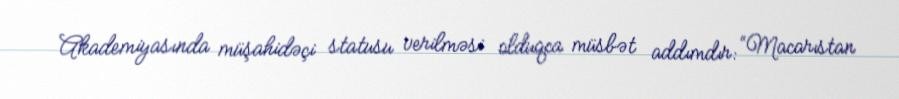
Akademiyasında müşahidəçi statusu verilməsi olduqca müsbət addımdır: “Macarıstan